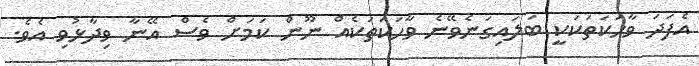
އެފަދަ ވާހަކަތަކަކީ ބަލައިގަނެވޭނެ ވާހަކަތަކެއް ނޫން ކަމަށް ވެސް އޭނާ ވިދާޅުވި އެވެ.